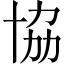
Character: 協